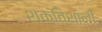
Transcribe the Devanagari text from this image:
शक्‍ितशाली